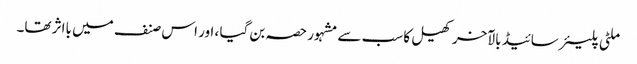
ملٹی پلیئر سائیڈ بالآخر کھیل کا سب سے مشہور حصہ بن گیا ، اور اس صنف میں بااثر تھا۔